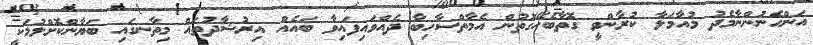
އަންހެނުންނާމެދު މުއާމަލާ ކުރާންވީ ގޮތާބެހޭގޮތުން އެމާތްސާހިބާ ދެއްވައިފައިވާ ބައެއް އިރުޝާދުތައް މިތާނގައި ބަޔާންކޮށްލުމަކީ